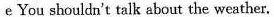
e You shouldn't talk about the weather.